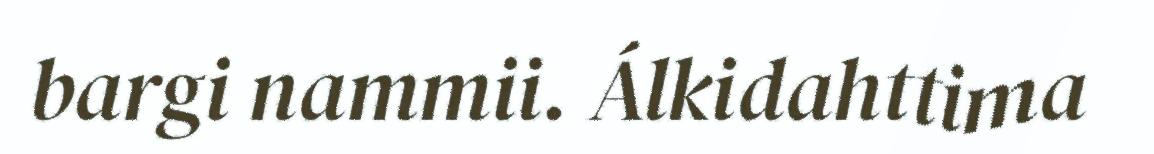
bargi nammii. Álkidahttima